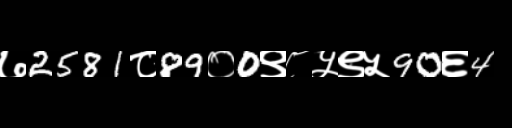
Text: ७2581८89०0९८५९५90६4